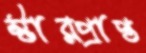
স্টারপ্রাপ্ত